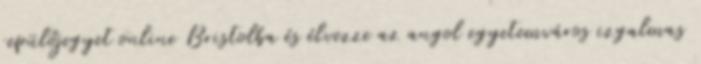
repülőjegyet online Bristolba és élvezze az angol egyetemváros izgalmas